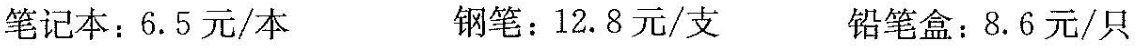
笔记本：6.5元/本 钢笔：12.8元/支 铅笔盒：8.6元/只